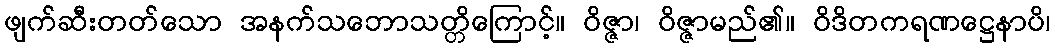
ဖျက်ဆီးတတ်သော အနက်သဘောသတ္တိကြောင့်။ ဝိဇ္ဇာ၊ ဝိဇ္ဇာမည်၏။ ဝိဒိတကရဏဋ္ဌေနာပိ၊